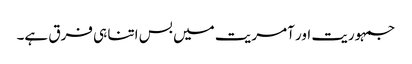
جمہوریت اور آمریت میں بس اتنا ہی فرق ہے۔